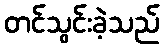
တင်သွင်းခဲ့သည်